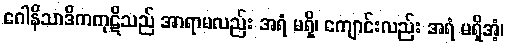
ဂေါနိသာဒိကကုဋိသည် အာရာမလည်း အရံ မရှိ၊ ကျောင်းလည်း အရံ မရှိအံ့၊